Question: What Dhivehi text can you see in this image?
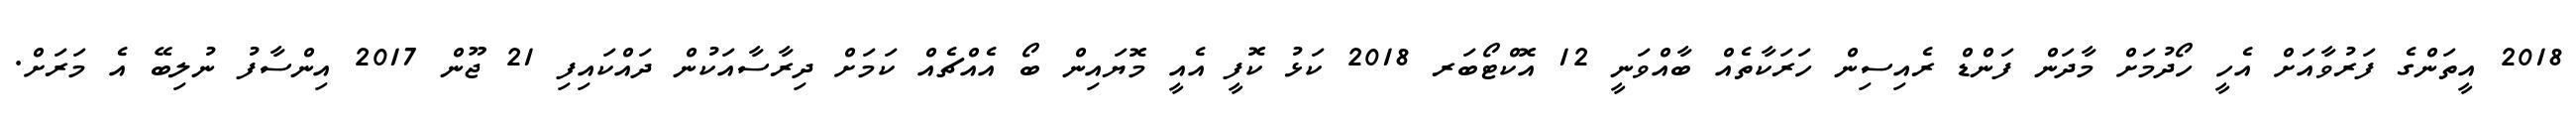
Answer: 2018 އީތަންގެ ފަރުވާއަށް އެހީ ހޯދުމަށް މާދަން ފަންޑް ރެއިސިން ހަރަކާތެއް ބާއްވަނީ 12 އޮކްޓޯބަރ 2018 ކަޅު ކޮފީ އެއީ މޮޔައިން ބޯ އެއްޗެއް ކަމަށް ދިރާސާއަކުން ދައްކައިފި 21 ޖޫން 2017 އިންސާފު ނުލިބޭ އެ މަރަށް.